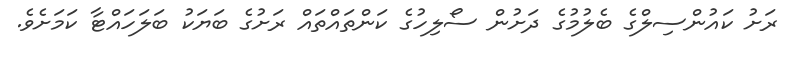
ރަށު ކައުންސިލްގެ ބެލުމުގެ ދަށުން ސޯލިހުގެ ކަންތައްތައް ރަށުގެ ބަޔަކު ބަލަހައްޓާ ކަމަށެވެ.